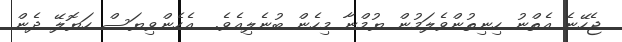
ޖެހޭނެ އެތްނު ހިނިތުންވެލަމުން ޔުމްނާ މިހެން ބުނެލިއެވެ.  އެހެންވިޔަސް ހަޔޮލޭ ދެން